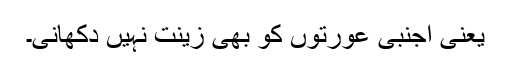
یعنی اجنبی عورتوں کو بھی زینت نہیں دکھانی۔